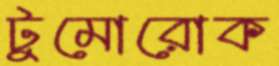
টুমোরোক